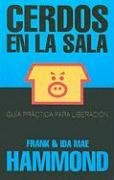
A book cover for Cerdos en La Sala = Pigs in the Parlor (Spanish Edition); Frank Hammond; Christian Books & Bibles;